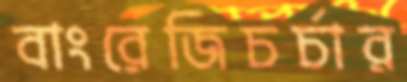
বাংরেজিচর্চার